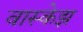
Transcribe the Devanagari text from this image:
वास्केझ